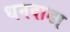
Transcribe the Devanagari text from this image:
धनवाडा